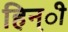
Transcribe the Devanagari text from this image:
हिन्ी